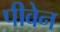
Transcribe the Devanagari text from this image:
पीवेन